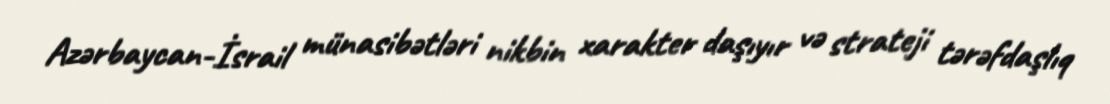
Azərbaycan-İsrail münasibətləri nikbin xarakter daşıyır və strateji tərəfdaşlıq